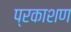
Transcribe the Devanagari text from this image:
प्रकाशण